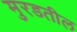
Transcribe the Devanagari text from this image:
मुरडतील